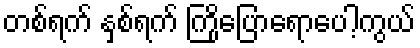
တစ်ရက် နှစ်ရက် ကြိုပြောရောပေါ့ကွယ်